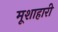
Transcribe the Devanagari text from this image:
मूशाहारी